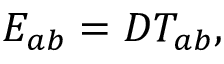
{ \cal E } _ { a b } = D { \cal T } _ { a b } ,